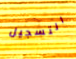
التسجيل